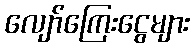
လျော်ကြေးငွေများ